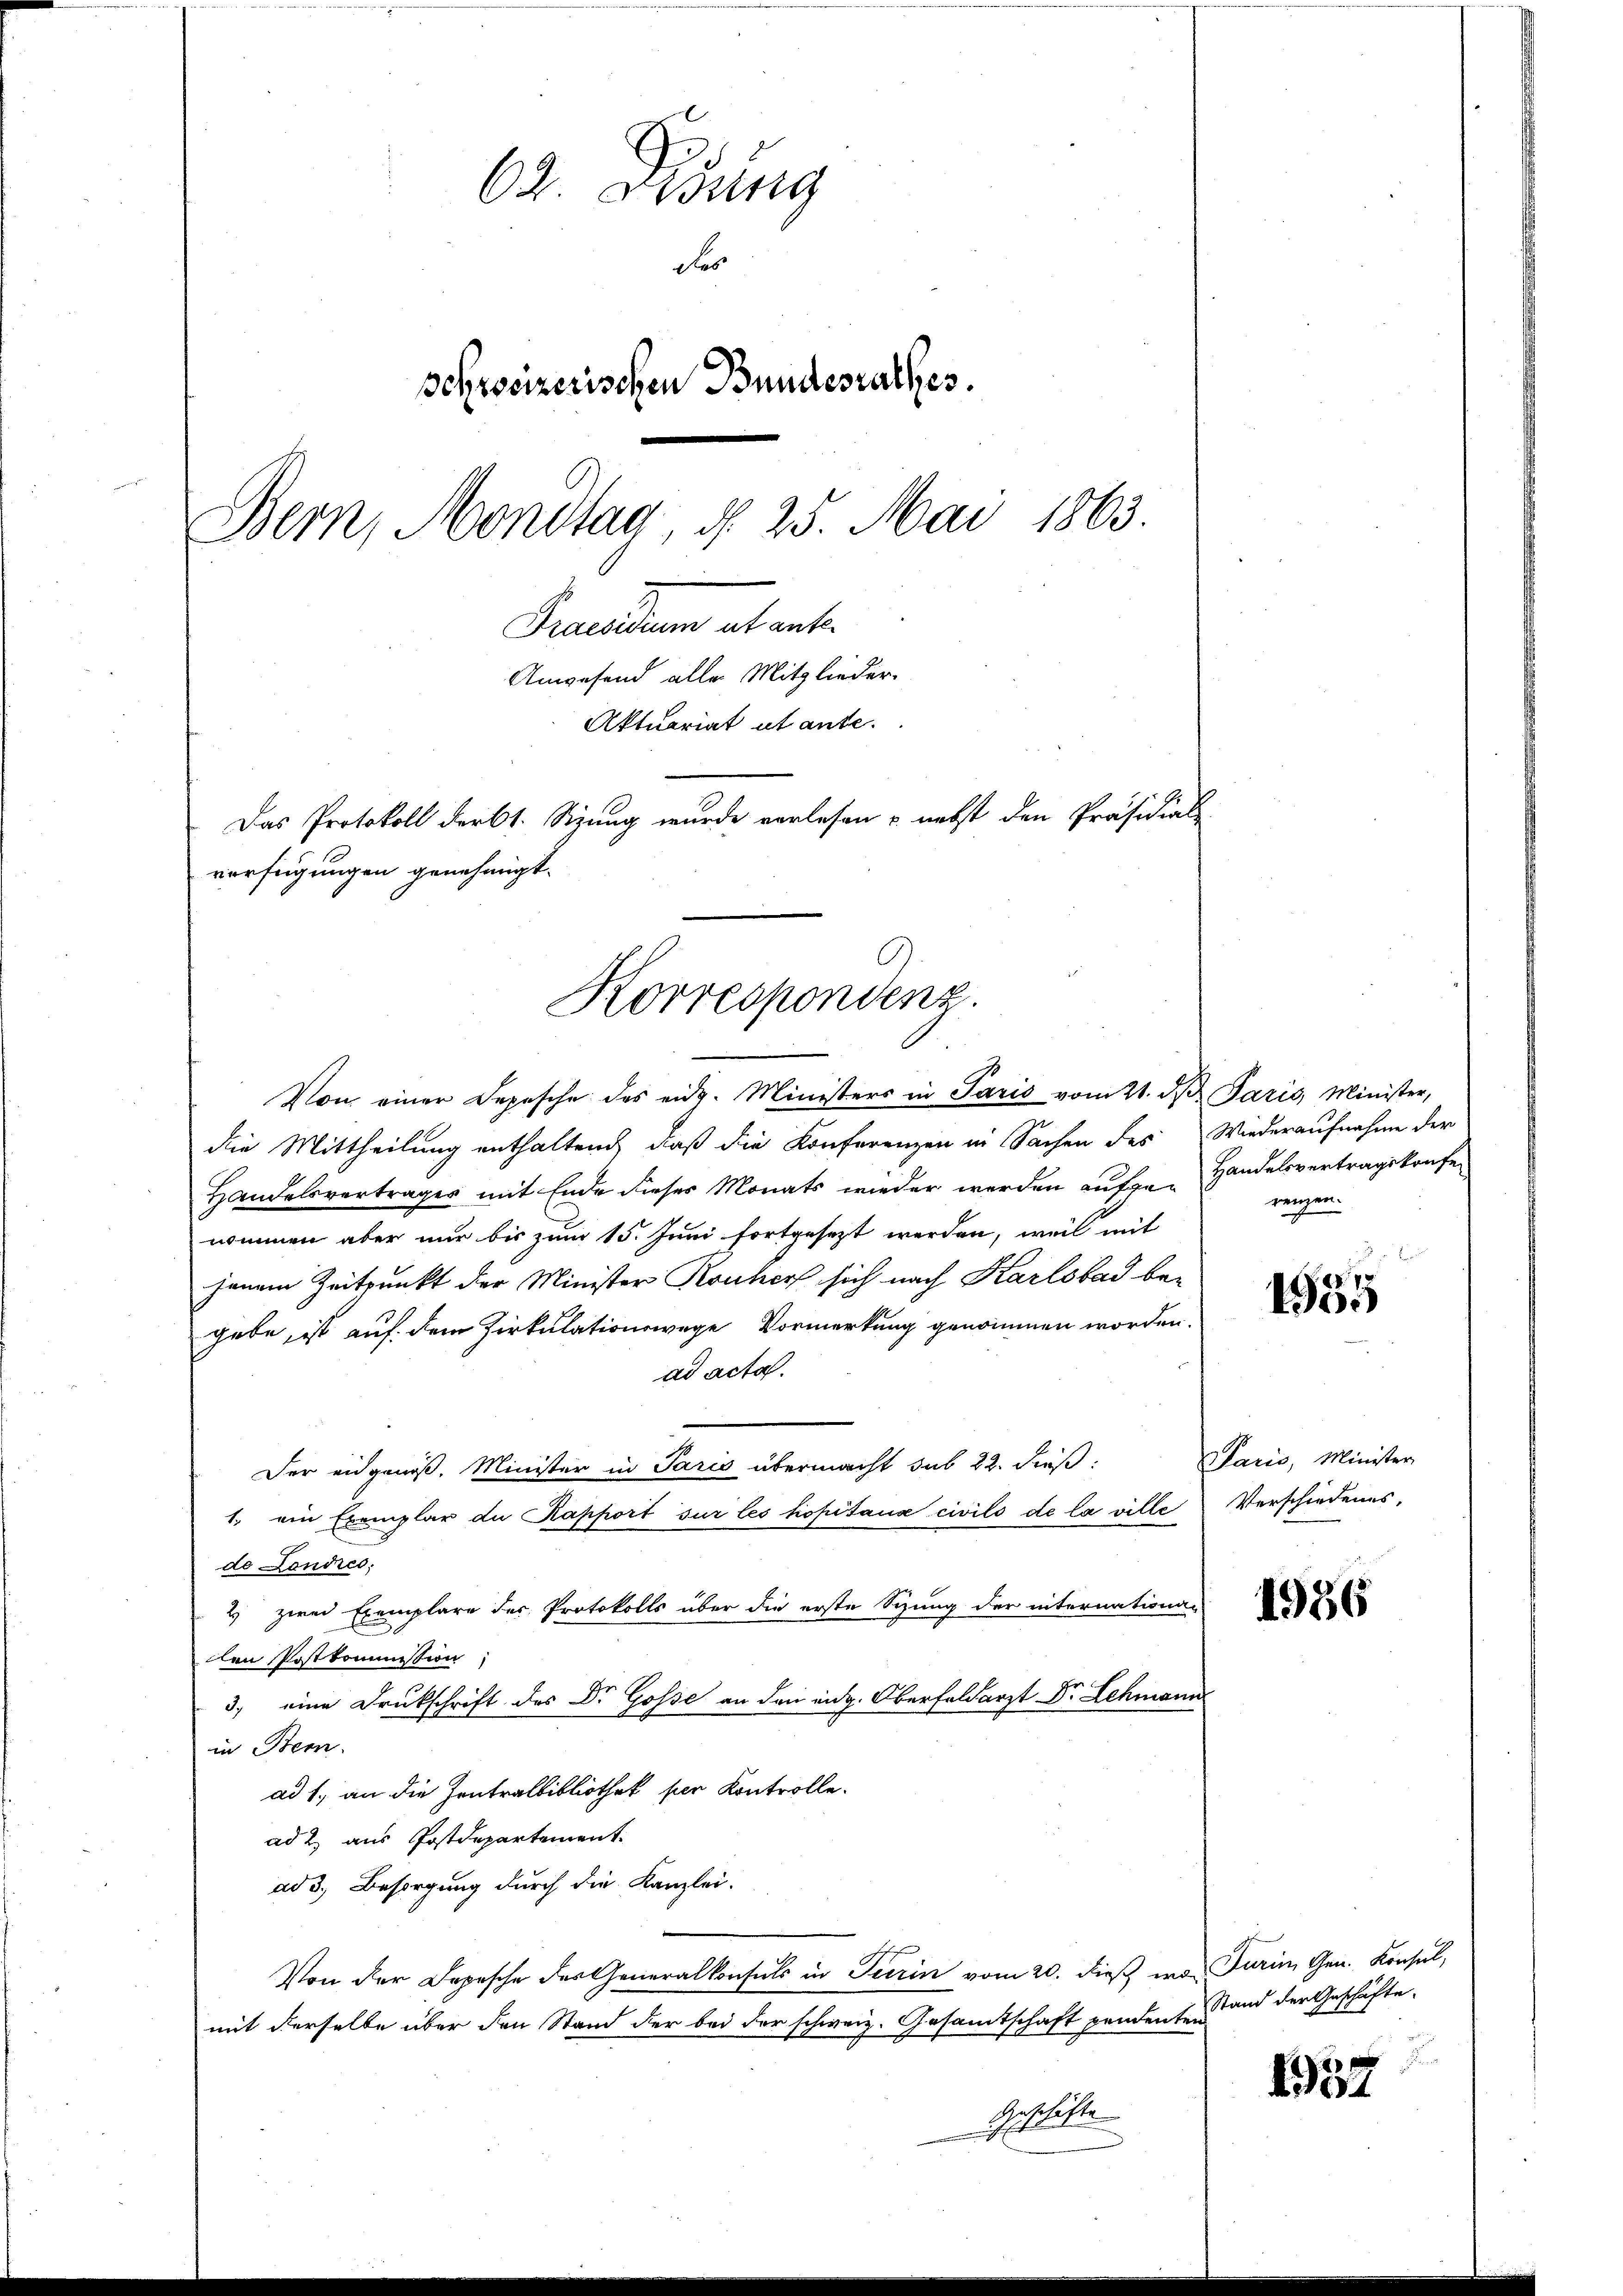
62. Lesung
Nos
schreizerischen Bundesrathes.
Bern, Mondtag, d. 25. Mai 1863.
Praesidium abante
Anwesend alle Mitglieder-
Aktuariat ut ante.
Das Protokoll derbt. Sizung wurde vorlesen & nebst den Präsidial-
verfügungen genehmigt.

Korrespondenz.

Von einer Depesche des eidg. Ministers in Paris vom 21. ds Paris Minister,
die Mittheilung enthaltend, daß die Konferenzen in Sachen des Wiederaufnahme der
Handelsvertrages mit Ende dieses Monats wieder werden aufge-Handelsvertragskrafe
nommen aber nur bis zum 15. Juni fortgesezt werden, weil mit
jenem Zeitpunkt der Minister Konker sich nach Karlsbad be-
gebe, ist auf dem Zirkulationswege Vormerkung genommen worden.
ad acta.
Der eidgenöß. Minister in Paris übermacht sub 22. dieß:
1. ein Exemplar de Kapport sur les hopitaux civils de la ville
de Landres;
2) zwei Exemplare des Protokolls über die erste Spung der internationa-
den Postkommission;
3. eine Druckschrift des Dr. Gosse an den eidg. Oberfeldarzt Dr. Lehmann
in Bem
ad 1., an die Zentralbibliothek per Kontrolle.
ad 2. aus Postdepartement.
ad 3., Besorgung durch die Kanzlei.
Von der Depesche des Generalkonsuls in Turin vom 20. dieß was Turin, Gen. Konsul,
mit derselbe über den Stand der bei der schweiz. Gesamtschaft pendenten
Geschäfte

renzen.

1955

Paris, Minister
Verschiedenes.

4956

Stand der Geschäfte.

1937